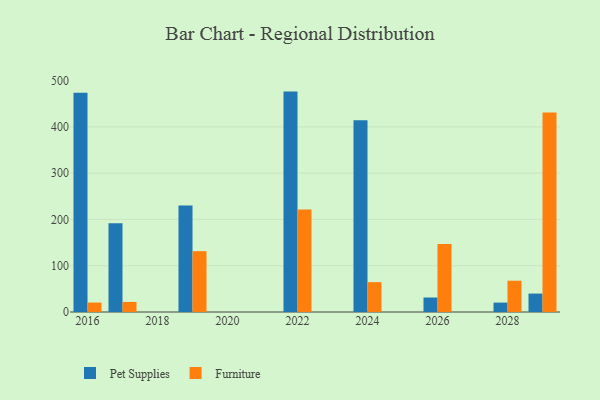
{"axis": {"x": "Year", "y": "Production Output"}, "legend": ["Furniture", "Pet Supplies"], "data": [{"x": "2029", "y": 39.8, "type": "Pet Supplies"}, {"x": "2029", "y": 431.2, "type": "Furniture"}, {"x": "2026", "y": 31.3, "type": "Pet Supplies"}, {"x": "2026", "y": 147.0, "type": "Furniture"}, {"x": "2016", "y": 473.9, "type": "Pet Supplies"}, {"x": "2016", "y": 20.4, "type": "Furniture"}, {"x": "2022", "y": 476.2, "type": "Pet Supplies"}, {"x": "2022", "y": 221.4, "type": "Furniture"}, {"x": "2024", "y": 414.4, "type": "Pet Supplies"}, {"x": "2024", "y": 64.5, "type": "Furniture"}, {"x": "2017", "y": 191.8, "type": "Pet Supplies"}, {"x": "2017", "y": 21.7, "type": "Furniture"}, {"x": "2028", "y": 20.3, "type": "Pet Supplies"}, {"x": "2028", "y": 67.6, "type": "Furniture"}, {"x": "2019", "y": 230.0, "type": "Pet Supplies"}, {"x": "2019", "y": 131.4, "type": "Furniture"}]}